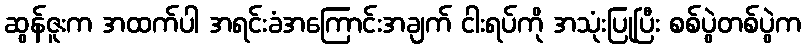
ဆွန်ဇူးက အထက်ပါ အရင်းခံအကြောင်းအချက် ငါးရပ်ကို အသုံးပြုပြီး စစ်ပွဲတစ်ပွဲက